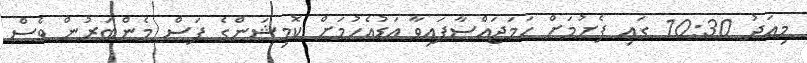
މިއަދު 10:30 ގައި ފެށުމަށް ހަމަޖައްސާފައިވާ އަޑުއެހުމަށް ކޮމިޝަންގެ ފަސް މެންބަރުން ވެސް